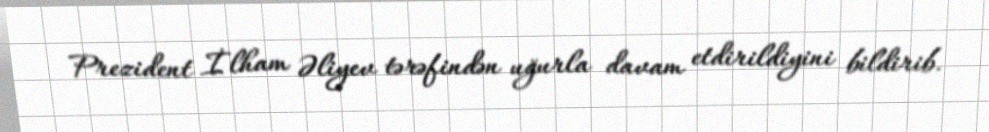
Prezident İlham Əliyev tərəfindən uğurla davam etdirildiyini bildirib.